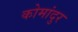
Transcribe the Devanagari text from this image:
कोमांदुर